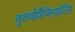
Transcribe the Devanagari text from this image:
वुलवोवैजिनाइटिस